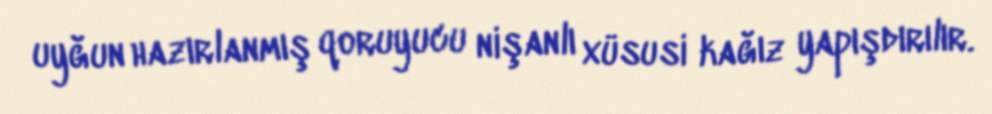
uyğun hazırlanmış qoruyucu nişanlı xüsusi kağız yapışdırılır.